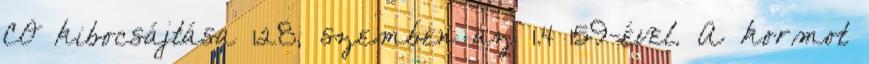
CO kibocsájtása 128, szemben az 1.4 159-ével. A kormot